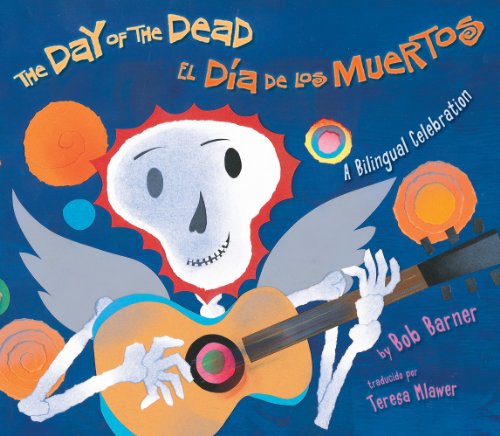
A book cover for The Day of the Dead/El Dia de Los Muertos; Bob Barner; Children's Books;